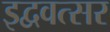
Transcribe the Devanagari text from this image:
इद्ववत्सर